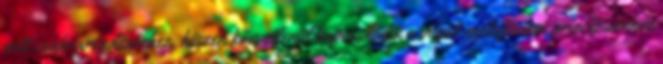
vett csakrarendszerhez, hiszen közvetlenül kapcsolódik a végső metafizikai princípiumhoz